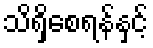
သိရှိစေရန်နှင့်